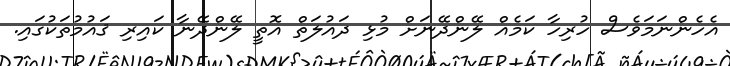
އެހެންނަމަވެސް ހުރިހާ ކަމެއް ލޭންދޭނަށް މުޅި ދައުލަތް އޮތީ ލޭންދޭނާ ކައިރި ޤައުމުތަކުގައި.